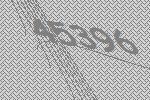
45396